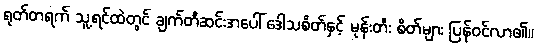
ရုတ်တရက် သူ့ရင်ထဲတွင် ချက်တီဆင်းအပေါ် ဒေါသစိတ်နှင့် မုန်းတီး စိတ်များ ပြန်ဝင်လာ၏။